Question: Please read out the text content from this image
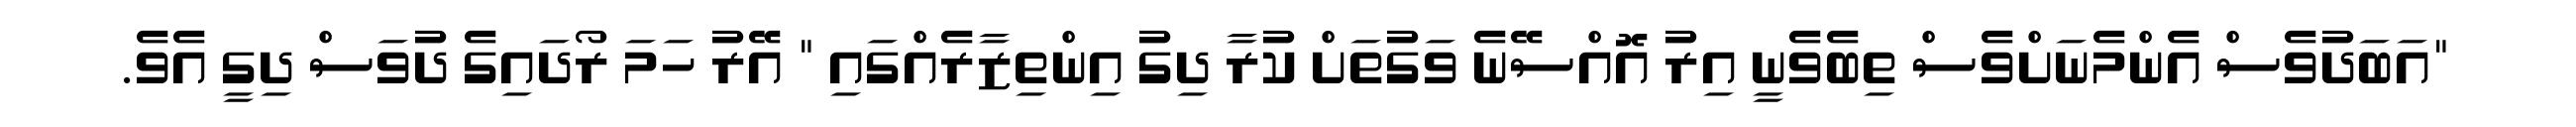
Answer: "އަބަދުވެސް އެންމެނަށްވެސް ތިބެވެނީ އިރު އޮއްސޭނެ ވަގުތަށް ކުރާ ދިގު އިންތިޒާރެއްގައި " އޭރު ހަމަ ރޯދައިގެ ދުވަސް ދިގީ އެވެ.